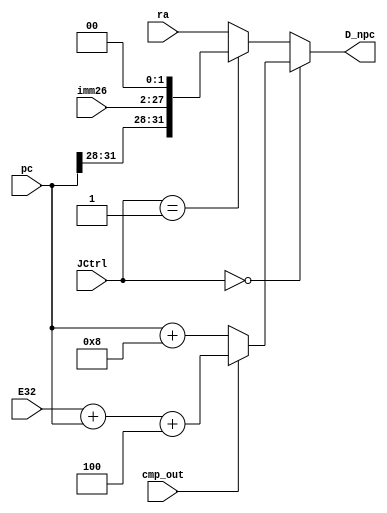
module NPC (
    //input
    input [31:0] E32,
    input [25:0] imm26,
    input [31:0] pc,
    input [31:0] ra,
    input [1:0] JCtrl,
    input cmp_out,
    //output
    output [31:0] D_npc
);

    wire [31:0] temp ;
  
    assign temp = (cmp_out) ? (E32 + pc + 4) : //beq
                  (pc + 8);
    
    assign D_npc = (JCtrl == 2'b00) ? temp :
                 (JCtrl == 2'b01) ? {pc[31:28],imm26,2'b00} : //40
                 ra;
  
endmodule